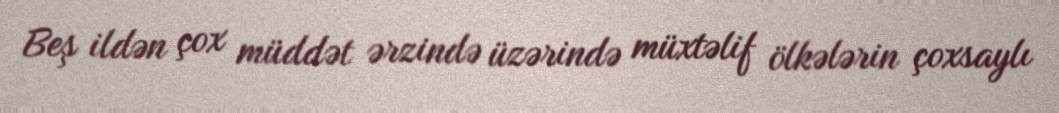
Beş ildən çox müddət ərzində üzərində müxtəlif ölkələrin çoxsaylı